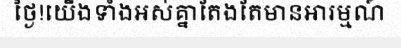
ថ្ងៃ!យើងទាំងអស់គ្នាតែងតែមានអារម្មណ៍